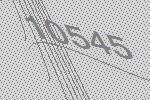
10545